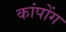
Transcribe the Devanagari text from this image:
कांपोंग